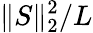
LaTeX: \| S\| _{2}^{2}/L